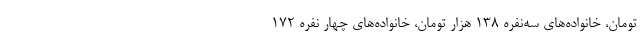
تومان، خانواده‌های سه‌نفره ۱۳۸ هزار تومان، خانواده‌های چهار نفره ۱۷۲